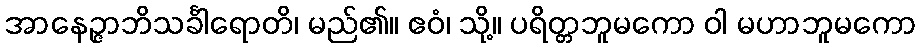
အာနေဉ္ဇာဘိသင်္ခါရောတိ၊ မည်၏။ ဧဝံ၊ သို့။ ပရိတ္တဘူမကော ဝါ မဟာဘူမကော